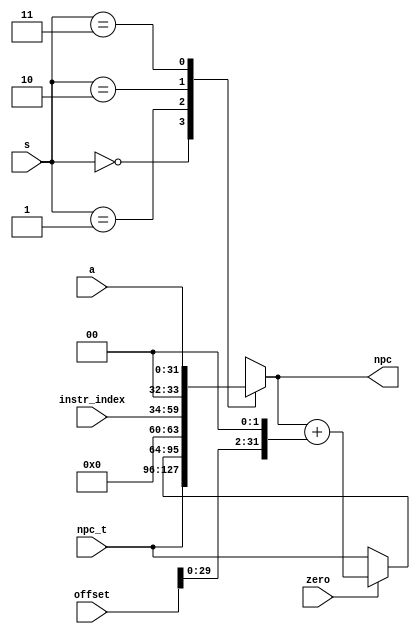
module npc(npc,npc_t,instr_index,offset,a,zero,s);
    output reg [31:0] npc;
    input [31:0] npc_t;  //npc_t = pc+4
    input [25:0] instr_index;
    input [31:0] offset;  //16
    input [31:0] a;  //gpra
    input zero;   //aluzero
    input [1:0] s;  //ctrl

    always @(*) begin
        case(s)
            2'b00 : npc = npc_t;
            2'b01 :    //beq
                if(zero == 1)
                    npc = npc + (offset<<2);
                else
                    npc = npc_t;
            2'b10 : npc = {4'b0000, instr_index, 2'b00}; //j, jal
            2'b11 : npc = a; //jr
        endcase
    end

endmodule